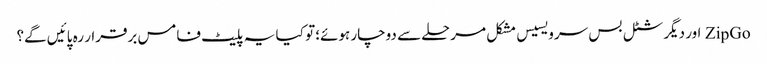
ZipGo اور دیگر شٹل بس سرویسیس مشکل مرحلے سے دوچار ہوئے؛ تو کیا یہ پلیٹ فامس برقرار رہ پائیں گے؟